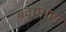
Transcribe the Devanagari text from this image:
बदामास